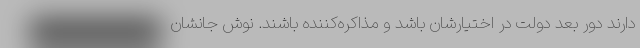
دارند دور بعد دولت در اختیارشان باشد و مذاکره‌کننده باشند. نوش جانشان